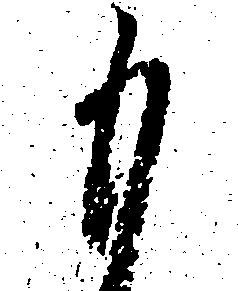
も